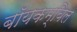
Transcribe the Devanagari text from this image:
बॉयकम्बिल